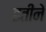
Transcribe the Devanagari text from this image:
इतीने